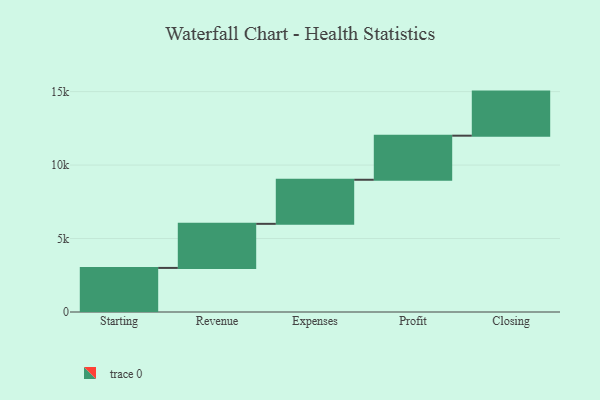
{"axis": {"x": "Step", "y": "Value"}, "legend": [""], "data": [{"x": "Starting", "y": 3000, "type": ""}, {"x": "Revenue", "y": 3000, "type": ""}, {"x": "Expenses", "y": 3000, "type": ""}, {"x": "Profit", "y": 3000, "type": ""}, {"x": "Closing", "y": 3000, "type": ""}]}